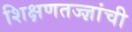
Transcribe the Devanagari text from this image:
शिक्षणतज्ज्ञांची